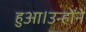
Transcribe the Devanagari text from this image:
हुआ।उन्होंने